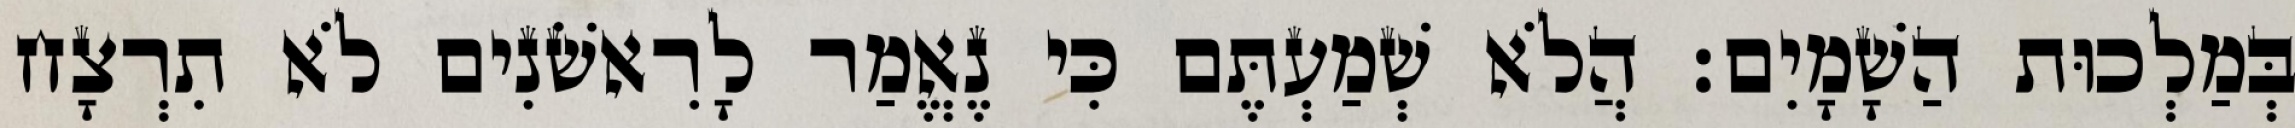
בְּמַלְכוּת הַשָׁמָיִם׃ הֲלֹא שְׁמַעְתֶּם כִּי נֶאֱמַר לָרִאשֹׁנִים לֹא תִרְצָח